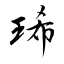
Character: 琋